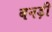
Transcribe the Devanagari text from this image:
बनड़ी